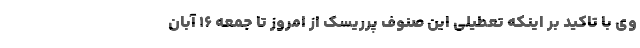
وی با تاکید بر اینکه تعطیلی این صنوف پرریسک از امروز تا جمعه ۱۶ آبان